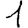
Digit: 1